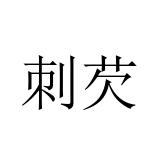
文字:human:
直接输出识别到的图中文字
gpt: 刺芡